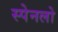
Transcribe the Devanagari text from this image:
स्पेनलो